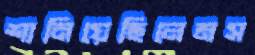
শানিয়েছিলেমস